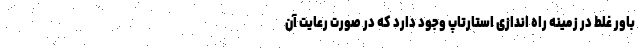
باور غلط در زمینه راه اندازی استارتاپ وجود دارد که در صورت رعایت آن